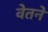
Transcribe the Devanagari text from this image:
वेतने